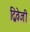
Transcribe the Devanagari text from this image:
द्विवेजी